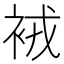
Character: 䘬